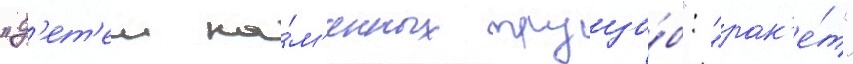
"д'ет'еи ка́м'енных трущо́б": "рак'е́т"